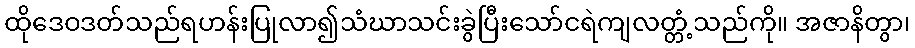
ထိုဒေဝဒတ်သည်ရဟန်းပြုလာ၍သံဃာသင်းခွဲပြီးသော်ငရဲကျလတ္တံ့သည်ကို။ အဇာနိတွာ၊